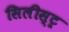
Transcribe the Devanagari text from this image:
सिलीस्ट्र